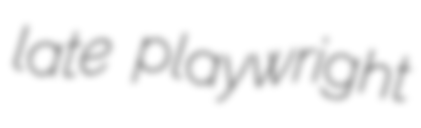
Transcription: late playwright